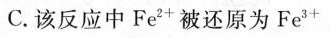
C. 该反应中 Fe^{2+} 被还原为Fe^{3+}